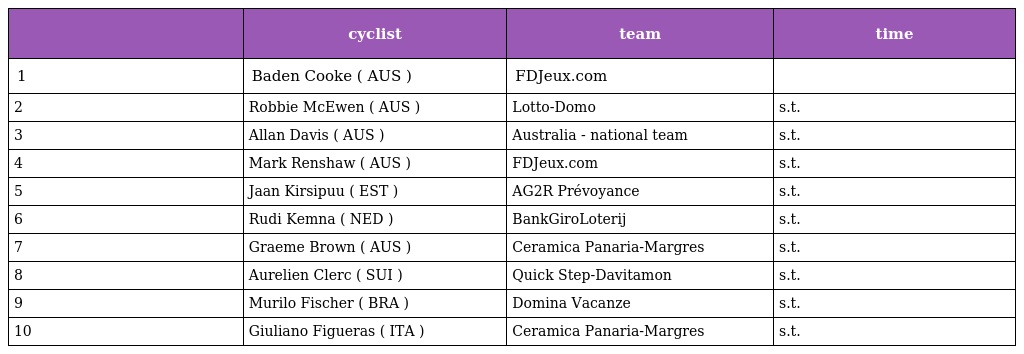
|  | cyclist | team | time |
 | --- | --- | --- | --- |
 | 1 | Baden Cooke ( AUS ) | FDJeux.com |  |
 | 2 | Robbie McEwen ( AUS ) | Lotto-Domo | s.t. |
 | 3 | Allan Davis ( AUS ) | Australia - national team | s.t. |
 | 4 | Mark Renshaw ( AUS ) | FDJeux.com | s.t. |
 | 5 | Jaan Kirsipuu ( EST ) | AG2R Prévoyance | s.t. |
 | 6 | Rudi Kemna ( NED ) | BankGiroLoterij | s.t. |
 | 7 | Graeme Brown ( AUS ) | Ceramica Panaria-Margres | s.t. |
 | 8 | Aurelien Clerc ( SUI ) | Quick Step-Davitamon | s.t. |
 | 9 | Murilo Fischer ( BRA ) | Domina Vacanze | s.t. |
 | 10 | Giuliano Figueras ( ITA ) | Ceramica Panaria-Margres | s.t. |